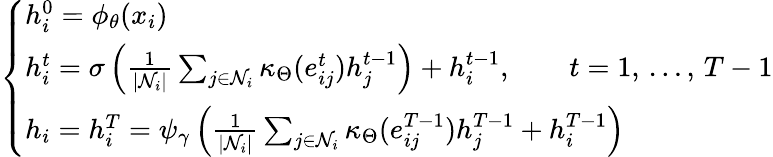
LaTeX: \begin{array}{r}{\left\{ \begin{array}{ll}{h_{i}^{0}=\phi_{\theta}(x_{i})}\\ {h_{i}^{t}=\sigma\left(\frac{1}{|\mathcal{N}_{i}|}\sum_{j\in\mathcal{N}_{i}}\kappa_{\Theta}(e_{ij}^{t})h_{j}^{t-1}\right)+h_{i}^{t-1},\qquad t=1,\, \dots,\, T-1}\\ {h_{i}=h_{i}^{T}=\psi_{\gamma}\left(\frac{1}{|\mathcal{N}_{i}|}\sum_{j\in\mathcal{N}_{i}}\kappa_{\Theta}(e_{ij}^{T-1})h_{j}^{T-1}+h_{i}^{T-1}\right)}\end{array}\right.}\end{array}